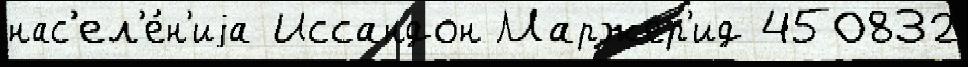
нас'ел'е́н'иjа Иссандон Маржер'ид 450832